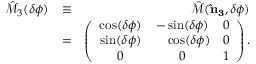
\begin{array} { r l r } { \hat { \mathcal { M } } _ { 3 } ( \delta \phi ) } & { \equiv } & { \hat { \mathcal { M } } ( { \bf \hat { n } _ { 3 } } , \delta \phi ) } \\ & { = } & { \left( \begin{array} { c c c } { \cos ( \delta \phi ) } & { - \sin ( \delta \phi ) } & { 0 } \\ { \sin ( \delta \phi ) } & { \ \ \ \cos ( \delta \phi ) } & { 0 } \\ { 0 } & { 0 } & { 1 } \end{array} \right) . } \end{array}